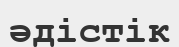
әдістік